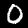
Digit: 0